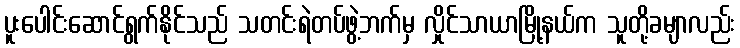
ပူးပေါင်းဆောင်ရွက်နိုင်သည် သတင်းရဲတပ်ဖွဲ့ဘက်မှ လှိုင်သာယာမြို့နယ်က သူတို့ခမျာလည်း